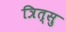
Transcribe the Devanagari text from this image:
त्रित्सु